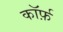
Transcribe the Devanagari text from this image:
कॉर्फ़